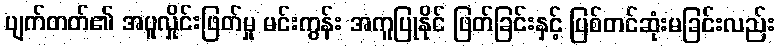
ပျက်တတ်၏ အပူလှိုင်းဖြတ်မှု မင်းကွန်း အကူပြုနိုင် ဖြတ်ခြင်းနှင့် ပြစ်တင်ဆုံးမခြင်းလည်း